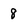
Character: 8